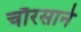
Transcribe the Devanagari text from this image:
चौरसाने